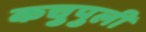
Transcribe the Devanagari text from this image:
कचुपुली